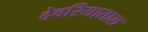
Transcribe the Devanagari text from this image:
देवरियाताल